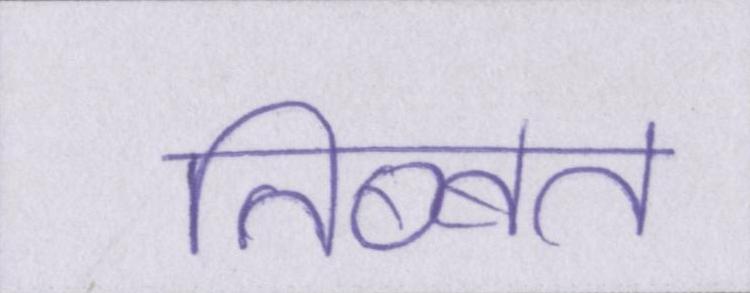
तिब्बत